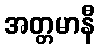
အတ္တမာနီ